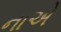
નાએ